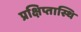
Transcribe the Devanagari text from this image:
प्रक्षिप्तास्थि